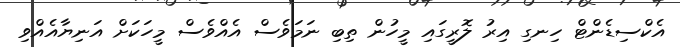
އެކްސިޑެންޓް ހިނގި އިރު ލޮރީގައި މީހުން ތިބި ނަމަވެސް އެއްވެސް މީހަކަށް އަނިޔާއެއްވި